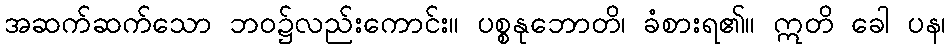
အဆက်ဆက်သော ဘဝ၌လည်းကောင်း။ ပစ္စနုဘောတိ၊ ခံစားရ၏။ ဣတိ ခေါ ပန၊